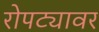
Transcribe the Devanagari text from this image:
रोपट्यावर